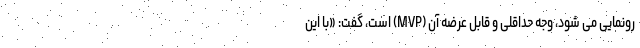
رونمایی می شود، وجه حداقلی و قابل عرضه آن (MVP) است، گفت: «با این